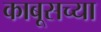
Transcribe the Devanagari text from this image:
काबूसच्या